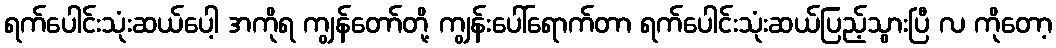
ရက်ပေါင်းသုံးဆယ်ပေါ့ အကိုရ ကျွန်တော်တို့ ကျွန်းပေါ်ရောက်တာ ရက်ပေါင်းသုံးဆယ်ပြည့်သွားပြီ လ ကိုတော့